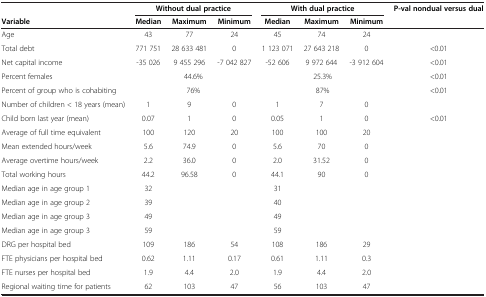
|  | <COLSPAN=3> Without dual practice | <COLSPAN=3> With dual practice | P-val nondual versus dual |
 | Variable | Median | Maximum | Minimum | Median | Maximum | Minimum |  |
 | --- | --- | --- | --- | --- | --- | --- | --- |
 | Age | 43 | 77 | 24 | 45 | 74 | 24 |  |
 | Total debt | 771 751 | 28 633 481 | 0 | 1 123 071 | 27 643 218 | 0 | <0.01 |
 | Net capital income | -35 026 | 9 455 296 | -7 042 827 | -52 606 | 9 972 644 | -3 912 604 | <0.01 |
 | Percent females | <COLSPAN=3> 44.6% | <COLSPAN=3> 25.3% | <0.01 |
 | Percent of group who is cohabiting | <COLSPAN=3> 76% | <COLSPAN=3> 87% | <0.01 |
 | Number of children < 18 years (mean) | 1 | 9 | 0 | 1 | 7 | 0 |  |
 | Child born last year (mean) | 0.07 | 1 | 0 | 0.05 | 1 | 0 | <0.01 |
 | Average of full time equivalent | 100 | 120 | 20 | 100 | 100 | 20 |  |
 | Mean extended hours/week | 5.6 | 74.9 | 0 | 5.6 | 70 | 0 |  |
 | Average overtime hours/week | 2.2 | 36.0 | 0 | 2.0 | 31.52 | 0 |  |
 | Total working hours | 44.2 | 96.58 | 0 | 44.1 | 90 | 0 |  |
 | Median age in age group 1 | 32 |  |  | 31 |  |  |  |
 | Median age in age group 2 | 39 |  |  | 40 |  |  |  |
 | Median age in age group 3 | 49 |  |  | 49 |  |  |  |
 | Median age in age group 3 | 59 |  |  | 59 |  |  |  |
 | DRG per hospital bed | 109 | 186 | 54 | 108 | 186 | 29 |  |
 | FTE physicians per hospital bed | 0.62 | 1.11 | 0.17 | 0.61 | 1.11 | 0.3 |  |
 | FTE nurses per hospital bed | 1.9 | 4.4 | 2.0 | 1.9 | 4.4 | 2.0 |  |
 | Regional waiting time for patients | 62 | 103 | 47 | 56 | 103 | 47 |  |